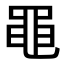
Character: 黽